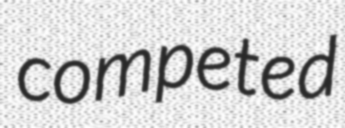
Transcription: competed